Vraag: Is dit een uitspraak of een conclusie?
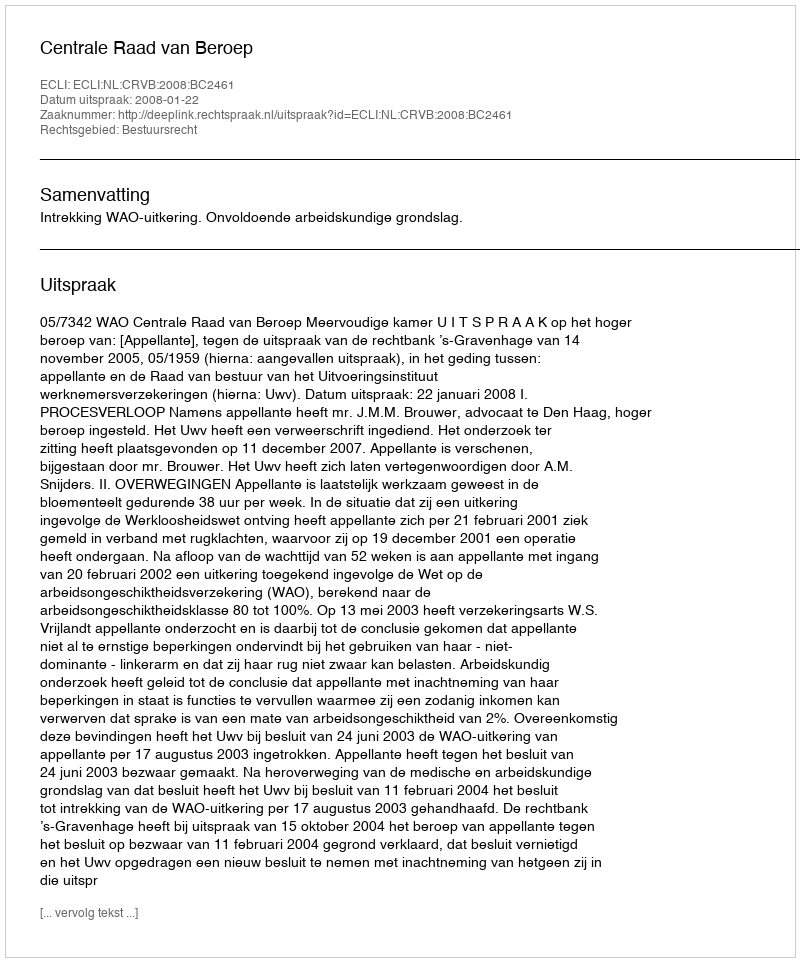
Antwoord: Uitspraak